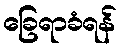
ခြေရာခံရန်